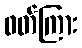
ဖတ်ကြား